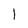
Character: 1